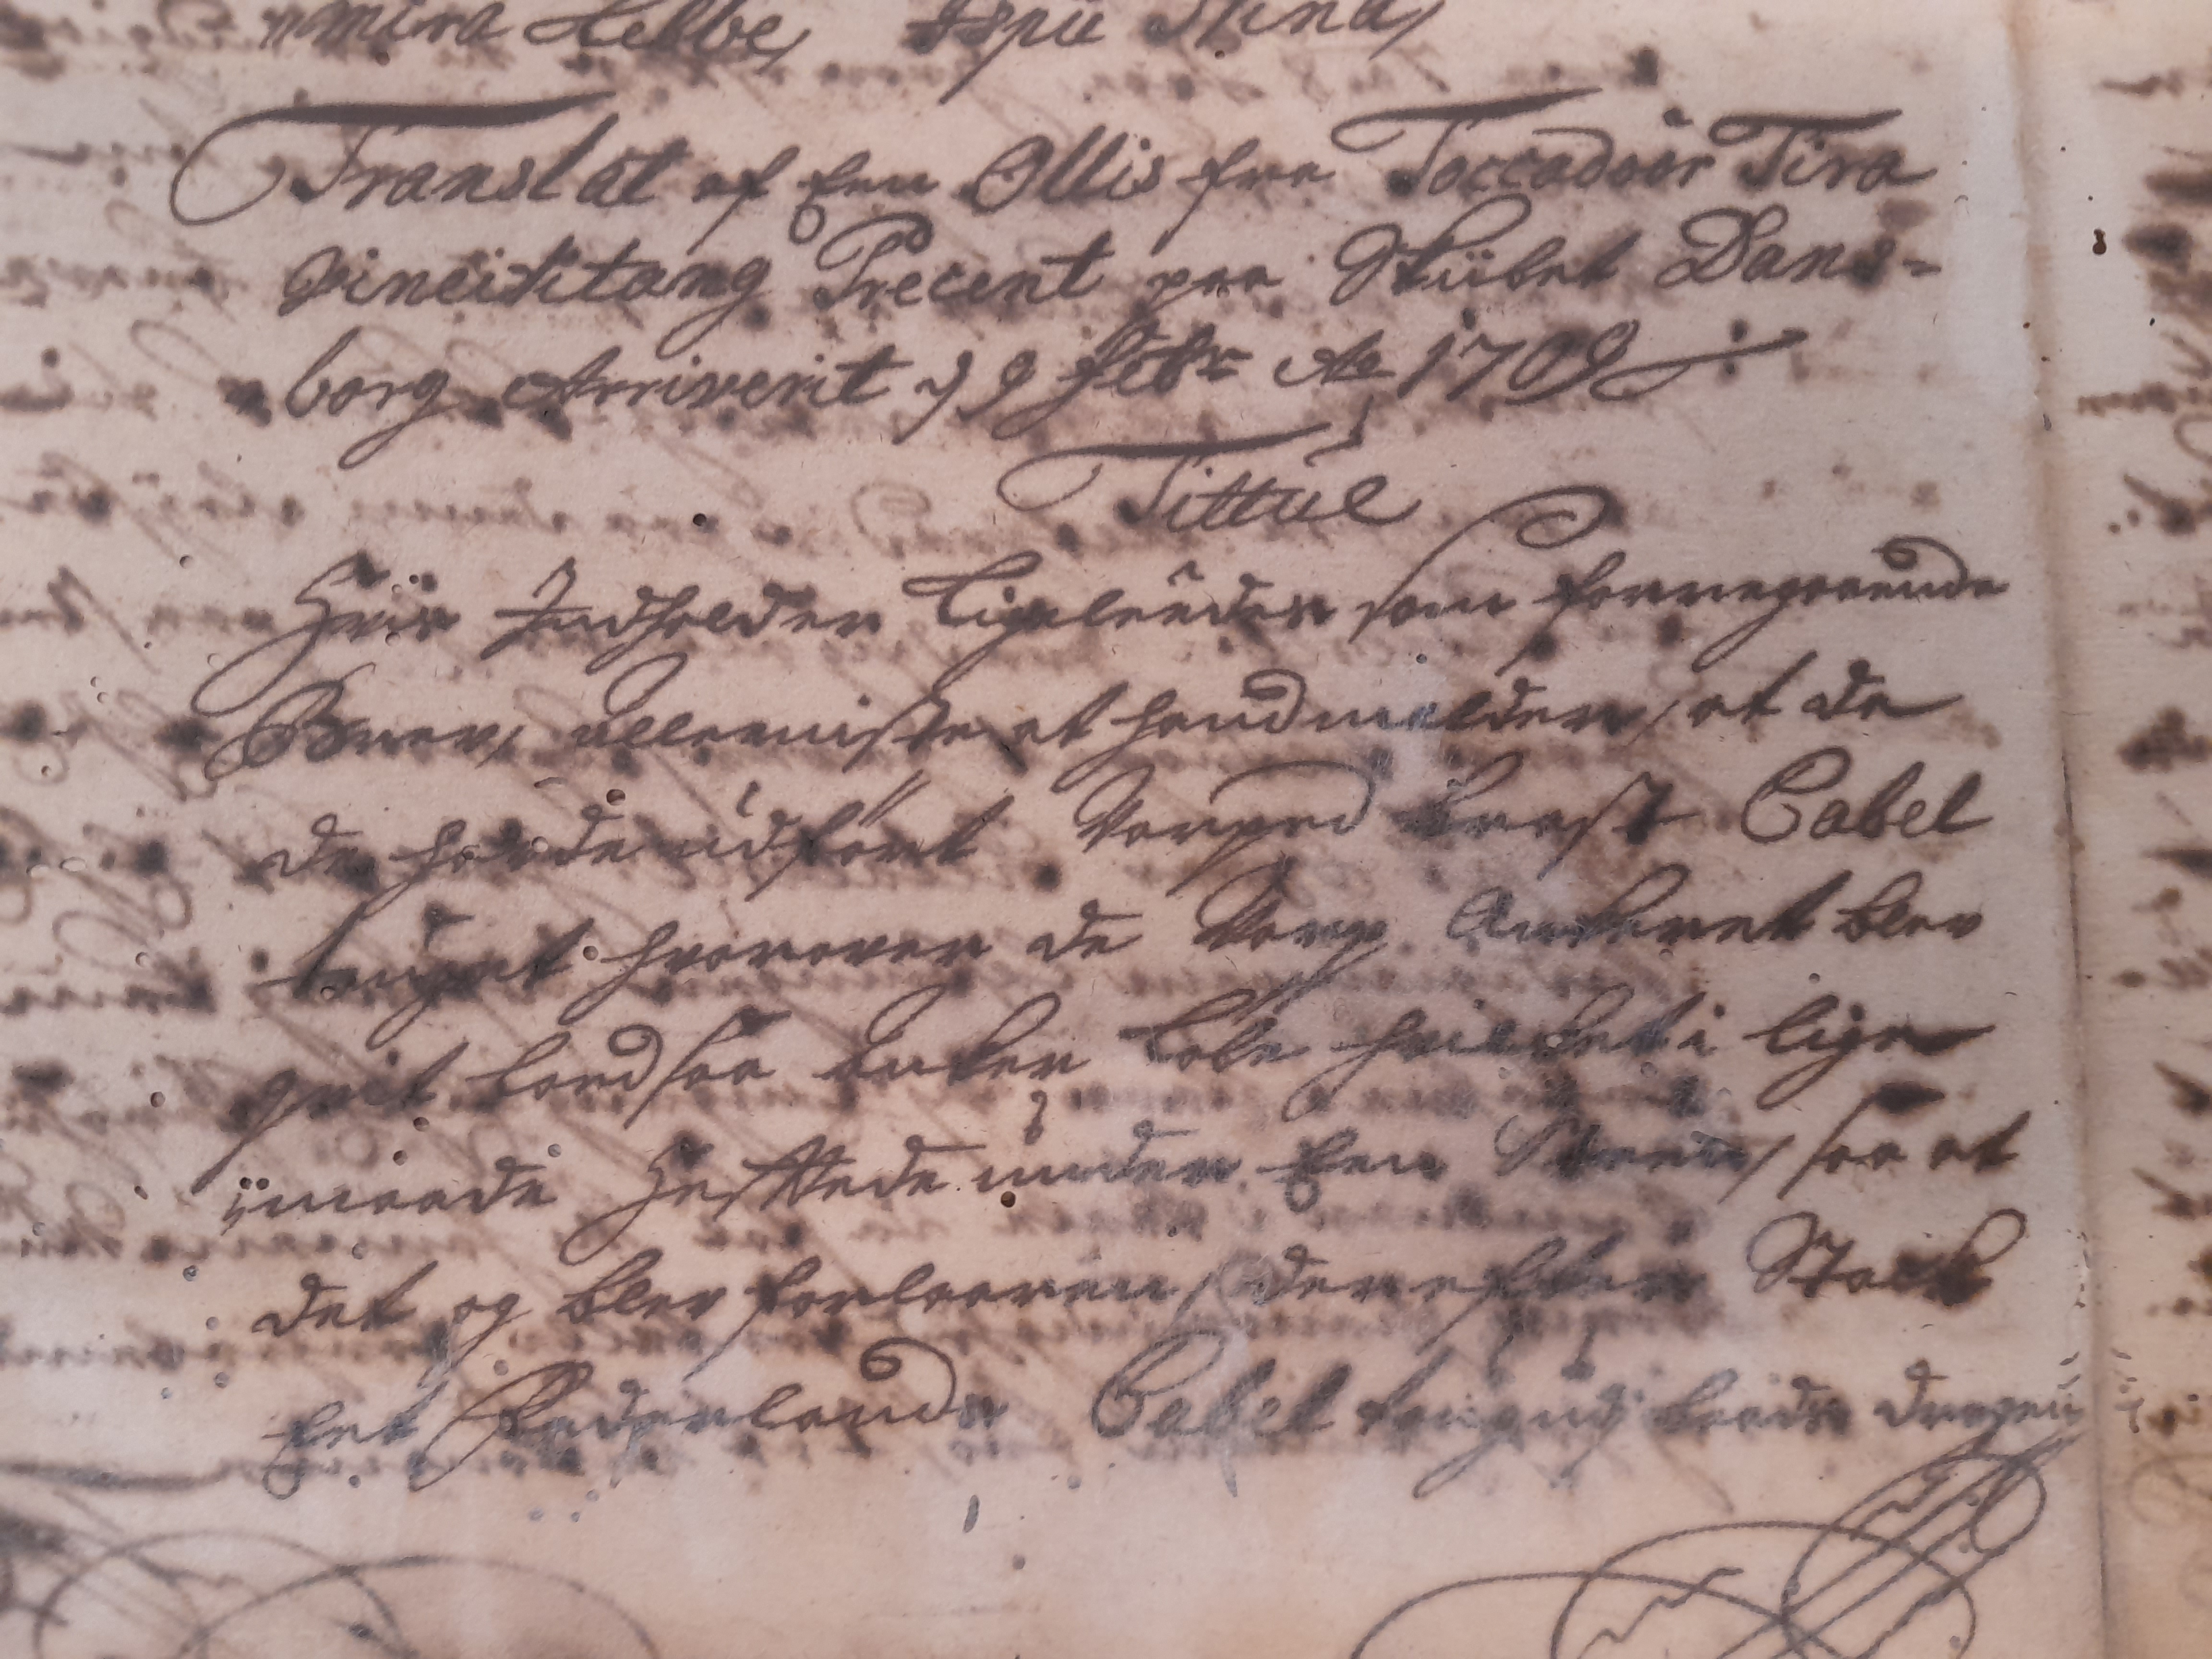
Transkription:
Translat af Een Ollis fra Toccadoor Tira
Vineititang Precent paa Skiibet Dans=
„borg Arriverit 19 febr Ao 1709
Tittul
Hvis Jndhold er ligeleedes som forregaaende
Brev, Alleeniste at hand melder, at de
da havde udført varped brast Cabel
touget hvorover de varp Ankeret blev
qvit loed saa anker løbe hvilket i lige
„maade Hefftede under Een Storm, saa at
det og blev forlaaren derefter Stark
Eet Faderlands Cabel toug udj baads drogen